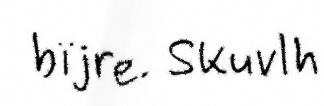
bïjre. Skuvlh